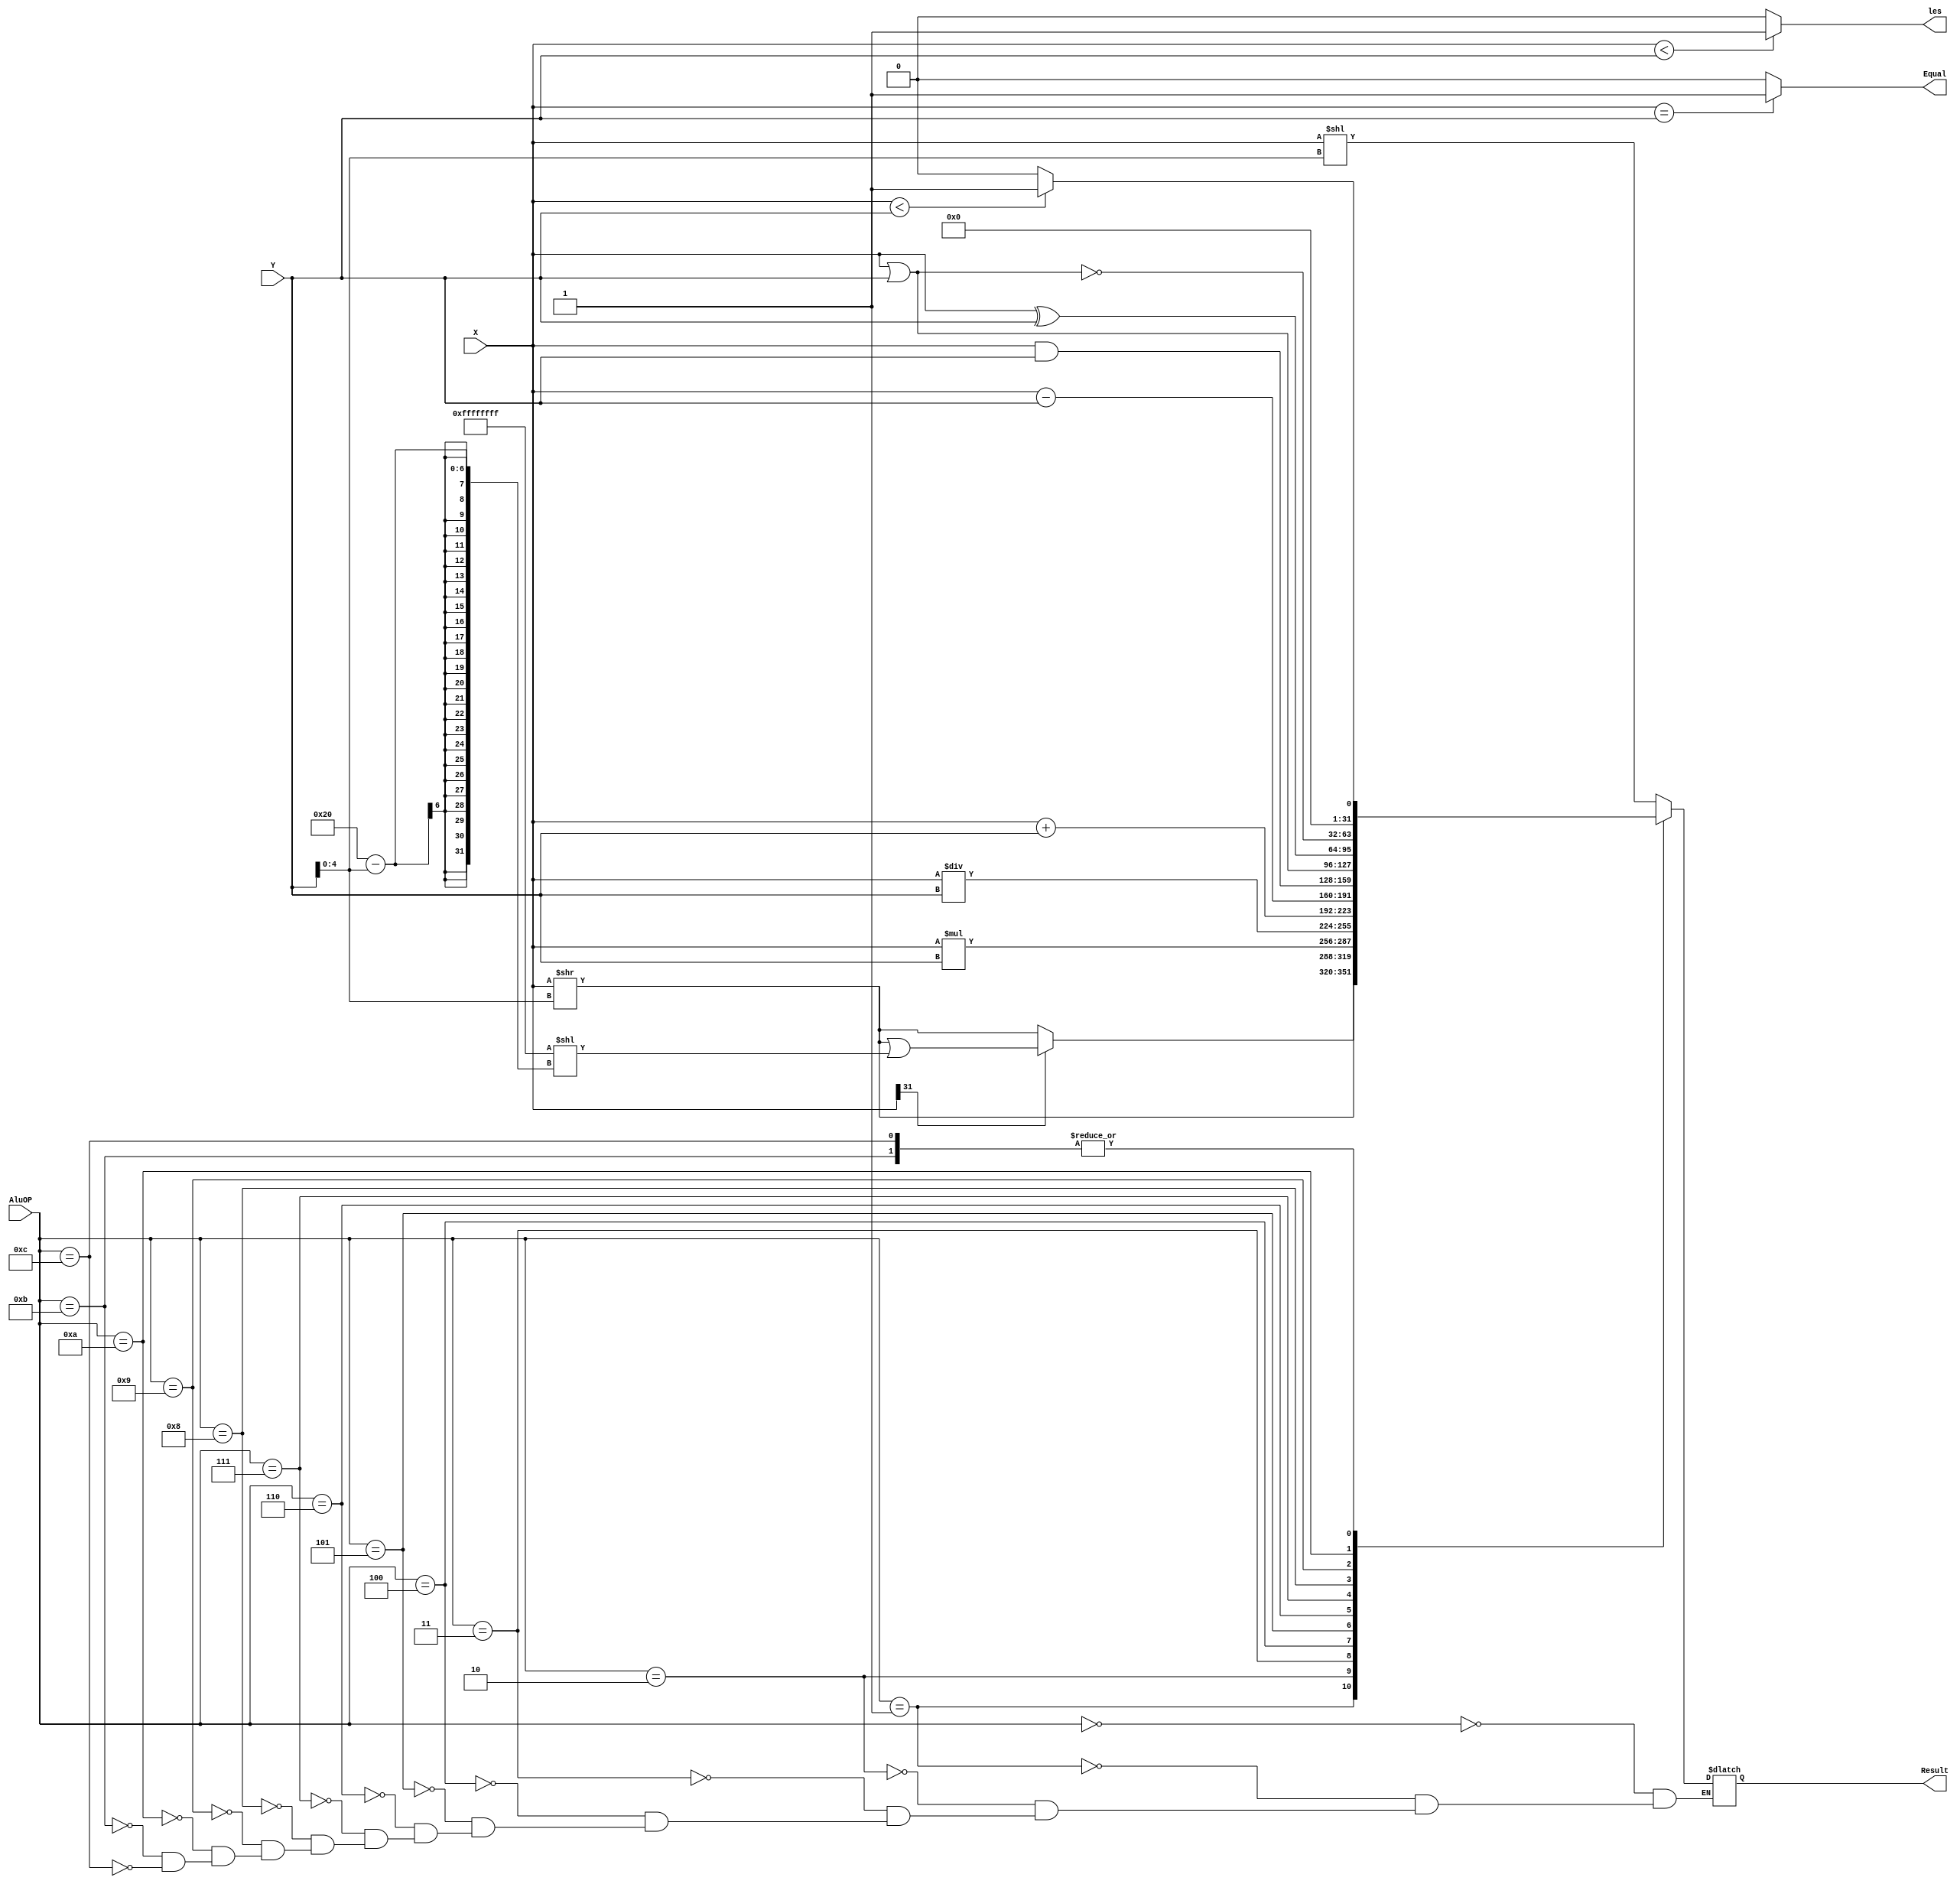
/******************************************************************************
 ** Logisim goes FPGA automatic generated Verilog code                       **
 **                                                                          **
 ** Component : ALU                                                          **
 **                                                                          **
 ******************************************************************************/

`timescale 1ns/1ps
module ALU( AluOP,
            X,
            Y,
            les,
            Equal,
            Result);

   /***************************************************************************
    ** Here the inputs are defined                                           **
    ***************************************************************************/
   input[3:0]  AluOP;
   input[31:0]  X;
   input[31:0]  Y;

   /***************************************************************************
    ** Here the outputs are defined                                          **
    ***************************************************************************/
   output  les;
   output  Equal;
   output reg [31:0] Result;
   reg [63:0] temp;
always @(*) begin
       case(AluOP)
           4'd0:begin
               //????
               Result<=X<<Y[4:0];
           end
           4'd1:begin
               //????
               if(X[31]==1)
                   Result<=(X>>Y[4:0])|(32'hffff_ffff<<32-Y[4:0]);
               else
                   Result<=X>>Y[4:0];
           end
           4'd2:begin
               //????
               Result<=X>>Y[4:0];
           end 
           4'd3:begin
               temp=X*Y;
               Result=temp[31:0];
           end
           4'd4:begin
               Result=X/Y;
           end
           4'd5:begin
               Result=X+Y;
           end
           4'd6:begin
               Result=X-Y;
           end
           4'd7:Result=X&Y;
           4'd8:Result=X|Y;
           4'd9:Result=X^Y;
           4'd10:Result=~(X|Y);
           4'd11:Result=X<Y?1:0;
           4'd12:Result=X<Y?1:0;
       endcase
   end

   assign les=$signed(X)<$signed(Y)?1:0;
   assign Equal=X==Y?1:0;
   /***************************************************************************
    ** Here the internal wires are defined                                   **
    ***************************************************************************/
//   wire[31:0] s_LOGISIM_BUS_0;
//   wire[31:0] s_LOGISIM_BUS_1;
//   wire[31:0] s_LOGISIM_BUS_10;
//   wire[31:0] s_LOGISIM_BUS_11;
//   wire[31:0] s_LOGISIM_BUS_12;
//   wire[31:0] s_LOGISIM_BUS_13;
//   wire[31:0] s_LOGISIM_BUS_14;
//   wire[31:0] s_LOGISIM_BUS_15;
//   wire[31:0] s_LOGISIM_BUS_16;
//   wire[31:0] s_LOGISIM_BUS_17;
//   wire[31:0] s_LOGISIM_BUS_19;
//   wire[31:0] s_LOGISIM_BUS_2;
//   wire[31:0] s_LOGISIM_BUS_21;
//   wire[31:0] s_LOGISIM_BUS_22;
//   wire[31:0] s_LOGISIM_BUS_24;
//   wire[31:0] s_LOGISIM_BUS_27;
//   wire[31:0] s_LOGISIM_BUS_28;
//   wire[3:0] s_LOGISIM_BUS_29;
//   wire[31:0] s_LOGISIM_BUS_6;
//   wire[31:0] s_LOGISIM_BUS_7;
//   wire[31:0] s_LOGISIM_BUS_8;
//   wire[31:0] s_LOGISIM_BUS_9;
//   wire s_LOGISIM_NET_16;
//   wire s_LOGISIM_NET_20;
//   wire s_LOGISIM_NET_26;
//   wire s_LOGISIM_NET_3;


//   /***************************************************************************
//    ** Here all input connections are defined                                **
//    ***************************************************************************/
//   assign s_LOGISIM_BUS_27[31:0]             = Y;
//   assign s_LOGISIM_BUS_28[31:0]             = X;
//   assign s_LOGISIM_BUS_29[3:0]              = AluOP;

//   /***************************************************************************
//    ** Here all output connections are defined                               **
//    ***************************************************************************/
//   //assign geq                                  = s_LOGISIM_NET_16;
//   assign les                                  = s_LOGISIM_NET_20;
//   assign Result                             = s_LOGISIM_BUS_22[31:0];
//   assign Equal                              = s_LOGISIM_NET_26;

//   /***************************************************************************
//    ** Here all in-lined components are defined                              **
//    ***************************************************************************/
//   assign s_LOGISIM_BUS_1[31:0] = 32'd0;

//   assign s_LOGISIM_NET_3 = 1'd0;

//   assign s_LOGISIM_BUS_6[31:1] = 31'd0;

//   assign s_LOGISIM_BUS_2[31:0] = 32'd0;

//   assign s_LOGISIM_BUS_19[31:1] = 31'd0;


//   /***************************************************************************
//    ** Here all normal components are defined                                **
//    ***************************************************************************/
//   Multiplexer_16      MUX_1 (.Enable(1'b1),
//                              .MuxIn_0(s_LOGISIM_NET_3),
//                              .MuxIn_1(s_LOGISIM_NET_3),
//                              .MuxIn_10(s_LOGISIM_NET_3),
//                              .MuxIn_11(s_LOGISIM_BUS_6[0]),
//                              .MuxIn_12(s_LOGISIM_BUS_19[0]),
//                              .MuxIn_13(s_LOGISIM_NET_3),
//                              .MuxIn_14(s_LOGISIM_NET_3),
//                              .MuxIn_15(s_LOGISIM_NET_3),
//                              .MuxIn_2(s_LOGISIM_NET_3),
//                              .MuxIn_3(s_LOGISIM_NET_3),
//                              .MuxIn_4(s_LOGISIM_NET_3),
//                              .MuxIn_5(s_LOGISIM_NET_3),
//                              .MuxIn_6(s_LOGISIM_NET_3),
//                              .MuxIn_7(s_LOGISIM_NET_3),
//                              .MuxIn_8(s_LOGISIM_NET_3),
//                              .MuxIn_9(s_LOGISIM_NET_3),
//                              .MuxOut(s_LOGISIM_NET_20),
//                              .Sel(s_LOGISIM_BUS_29[3:0]));

//   Adder #(.ExtendedBits(33),
//           .NrOfBits(32))
//      ADDER2C_1 (.CarryIn(1'b0),
//                 .CarryOut(),
//                 .DataA(s_LOGISIM_BUS_28[31:0]),
//                 .DataB(s_LOGISIM_BUS_27[31:0]),
//                 .Result(s_LOGISIM_BUS_8[31:0]));

//   Shifter_32_bit #(.ShifterMode(0))
//      Shifter_1 (.DataA(s_LOGISIM_BUS_28[31:0]),
//                 .Result(s_LOGISIM_BUS_24[31:0]),
//                 .ShiftAmount(s_LOGISIM_BUS_27[4:0]));

//   Multiplexer_bus_16 #(.NrOfBits(32))//result1
//      MUX_2 (.Enable(1'b1),
//             .MuxIn_0(s_LOGISIM_BUS_24[31:0]),
//             .MuxIn_1(s_LOGISIM_BUS_10[31:0]),
//             .MuxIn_10(s_LOGISIM_BUS_15[31:0]),
//             .MuxIn_11(s_LOGISIM_BUS_6[31:0]),
//             .MuxIn_12(s_LOGISIM_BUS_19[31:0]),
//             .MuxIn_13(s_LOGISIM_BUS_2[31:0]),
//             .MuxIn_14(s_LOGISIM_BUS_2[31:0]),
//             .MuxIn_15(s_LOGISIM_BUS_2[31:0]),
//             .MuxIn_2(s_LOGISIM_BUS_0[31:0]),
//             .MuxIn_3(s_LOGISIM_BUS_17[31:0]),
//             .MuxIn_4(s_LOGISIM_BUS_14[31:0]),
//             .MuxIn_5(s_LOGISIM_BUS_8[31:0]),
//             .MuxIn_6(s_LOGISIM_BUS_9[31:0]),
//             .MuxIn_7(s_LOGISIM_BUS_16[31:0]),//??13,13 ,
//             .MuxIn_8(s_LOGISIM_BUS_11[31:0]),
//             .MuxIn_9(s_LOGISIM_BUS_13[31:0]),
//             .MuxOut(s_LOGISIM_BUS_22[31:0]),
//             .Sel(s_LOGISIM_BUS_29[3:0]));

//   NOR_GATE_BUS #(.BubblesMask(0),
//                  .NrOfBits(32))
//      GATE_1 (.Input_1(s_LOGISIM_BUS_28[31:0]),
//              .Input_2(s_LOGISIM_BUS_27[31:0]),
//              .Result(s_LOGISIM_BUS_15[31:0]));

//   Shifter_32_bit #(.ShifterMode(2))//
//      Shifter_2 (.DataA(s_LOGISIM_BUS_28[31:0]),
//                 .Result(s_LOGISIM_BUS_10[31:0]),
//                 .ShiftAmount(s_LOGISIM_BUS_27[4:0]));

//   Comparator #(.NrOfBits(32),
//                .TwosComplement(0))
//      Comparator_1 (.A_EQ_B(),
//                    .A_GT_B(),
//                    .A_LT_B(s_LOGISIM_BUS_19[0]),
//                    .DataA(s_LOGISIM_BUS_28[31:0]),
//                    .DataB(s_LOGISIM_BUS_27[31:0]));

//   Subtractor #(.ExtendedBits(33),
//                .NrOfBits(32))
//      SUBTRACTOR2C_1 (.BorrowIn(1'b0),
//                      .BorrowOut(),
//                      .DataA(s_LOGISIM_BUS_28[31:0]),
//                      .DataB(s_LOGISIM_BUS_27[31:0]),
//                      .Result(s_LOGISIM_BUS_9[31:0]));

//   AND_GATE_BUS #(.BubblesMask(0),
//                  .NrOfBits(32))
//      GATE_2 (.Input_1(s_LOGISIM_BUS_28[31:0]),
//              .Input_2(s_LOGISIM_BUS_27[31:0]),
//              .Result(s_LOGISIM_BUS_16[31:0]));//

//   XOR_GATE_BUS #(.BubblesMask(0),
//                  .NrOfBits(32))
//      GATE_3 (.Input_1(s_LOGISIM_BUS_28[31:0]),
//              .Input_2(s_LOGISIM_BUS_27[31:0]),
//              .Result(s_LOGISIM_BUS_13[31:0]));

//   Multiplexer_bus_16 #(.NrOfBits(32))//result2
//      MUX_3 (.Enable(1'b1),
//             .MuxIn_0(s_LOGISIM_BUS_1[31:0]),
//             .MuxIn_1(s_LOGISIM_BUS_1[31:0]),
//             .MuxIn_10(s_LOGISIM_BUS_1[31:0]),
//             .MuxIn_11(s_LOGISIM_BUS_1[31:0]),
//             .MuxIn_12(s_LOGISIM_BUS_1[31:0]),
//             .MuxIn_13(s_LOGISIM_BUS_1[31:0]),
//             .MuxIn_14(s_LOGISIM_BUS_1[31:0]),
//             .MuxIn_15(s_LOGISIM_BUS_1[31:0]),
//             .MuxIn_2(s_LOGISIM_BUS_1[31:0]),
//             .MuxIn_3(s_LOGISIM_BUS_12[31:0]),
//             .MuxIn_4(s_LOGISIM_BUS_7[31:0]),
//             .MuxIn_5(s_LOGISIM_BUS_1[31:0]),
//             .MuxIn_6(s_LOGISIM_BUS_1[31:0]),
//             .MuxIn_7(s_LOGISIM_BUS_1[31:0]),
//             .MuxIn_8(s_LOGISIM_BUS_1[31:0]),
//             .MuxIn_9(s_LOGISIM_BUS_1[31:0]),
//             .MuxOut(s_LOGISIM_BUS_21[31:0]),
//             .Sel(s_LOGISIM_BUS_29[3:0]));

//   Shifter_32_bit #(.ShifterMode(2))
//      Shifter_3 (.DataA(s_LOGISIM_BUS_28[31:0]),
//                 .Result(s_LOGISIM_BUS_0[31:0]),
//                 .ShiftAmount(s_LOGISIM_BUS_27[4:0]));

//   OR_GATE_BUS #(.BubblesMask(0),
//                 .NrOfBits(32))
//      GATE_4 (.Input_1(s_LOGISIM_BUS_28[31:0]),
//              .Input_2(s_LOGISIM_BUS_27[31:0]),
//              .Result(s_LOGISIM_BUS_11[31:0]));

//   NOT_GATE      GATE_5 (.Input_1(s_LOGISIM_NET_20),
//                         .Result(s_LOGISIM_NET_16));

//   Comparator #(.NrOfBits(32),
//                .TwosComplement(1))
//      Comparator_2 (.A_EQ_B(s_LOGISIM_NET_26),
//                    .A_GT_B(),
//                    .A_LT_B(s_LOGISIM_BUS_6[0]),
//                    .DataA(s_LOGISIM_BUS_28[31:0]),
//                    .DataB(s_LOGISIM_BUS_27[31:0]));



endmodule